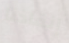
إنقاذنا